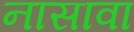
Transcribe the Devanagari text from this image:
नासावा